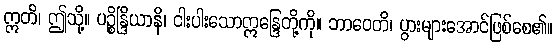
ဣတိ၊ ဤသို့။ ပဉ္စိန္ဒြိယာနိ၊ ငါးပါးသောဣန္ဒြေတို့ကို။ ဘာဝေတိ၊ ပွားများအောင်ဖြစ်စေ၏။